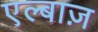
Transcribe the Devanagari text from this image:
एल्बाज़